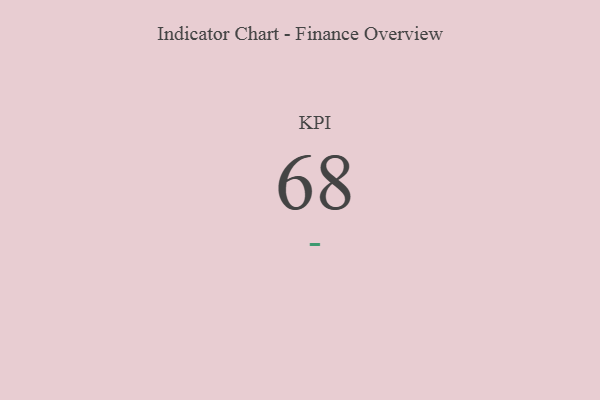
{"axis": {"x": "KPI", "y": "Value"}, "legend": [""], "data": [{"x": "KPI", "y": 68, "type": ""}]}